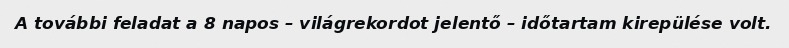
A további feladat a 8 napos – világrekordot jelentő – időtartam kirepülése volt.